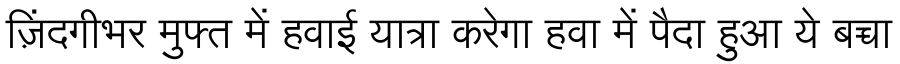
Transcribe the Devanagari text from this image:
ज़िंदगीभर मुफ्त में हवाई यात्रा करेगा हवा में पैदा हुआ ये बच्चा